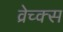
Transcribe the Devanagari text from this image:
व्रेच्क्स